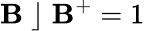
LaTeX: \mathbf{B}\; \rfloor\; \mathbf{B}^{+}=1